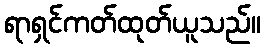
ရာရှင်ကတ်ထုတ်ယူသည်။